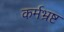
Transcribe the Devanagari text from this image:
कर्मभ्रष्ट